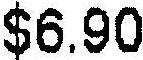
$6.90